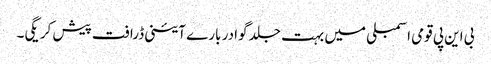
بی این پی قومی اسمبلی میں بہت جلد گوادر بارے آئینی ڈرافت پیش کر یگی۔